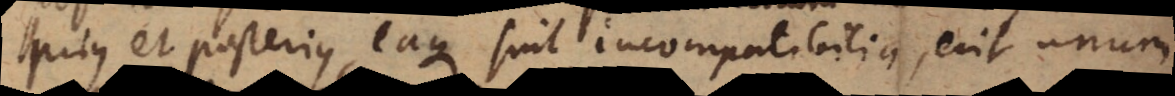
prius et posterius, eaque sint incompatibilia, erit unum